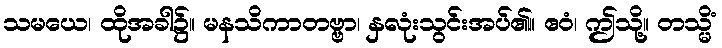
သမယေ၊ ထိုအခါ၌။ မနသိကာတဗ္ဗာ၊ နှလုံးသွင်းအပ်၏။ ဧဝံ၊ ဤသို့။ တသ္မိံ